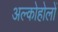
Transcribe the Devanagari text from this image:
अल्कोहोलों